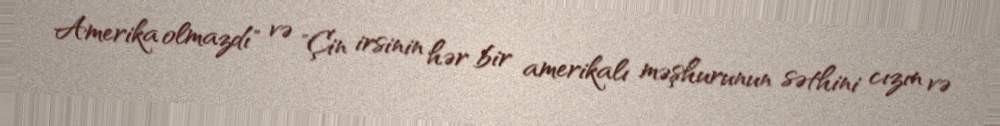
Amerika olmazdı" və "Çin irsinin hər bir amerikalı məşhurunun səthini cızın və